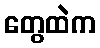
တွေထဲက